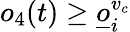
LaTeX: o_{4}(t)\geq\underline{o}_{i}^{v_{c}}